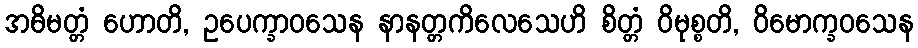
အဓိမတ္တံ ဟောတိ, ဥပေက္ခာဝသေန နာနတ္တကိလေသေဟိ စိတ္တံ ဝိမုစ္စတိ, ဝိမောက္ခဝသေန